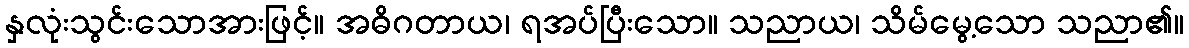
နှလုံးသွင်းသောအားဖြင့်။ အဓိဂတာယ၊ ရအပ်ပြီးသော။ သညာယ၊ သိမ်မွေ့သော သညာ၏။